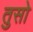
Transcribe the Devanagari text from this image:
तुसो